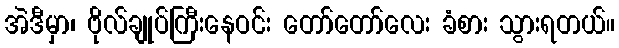
အဲဒီမှာ၊ ဗိုလ်ချုပ်ကြီးနေဝင်း တော်တော်လေး ခံစား သွားရတယ်။